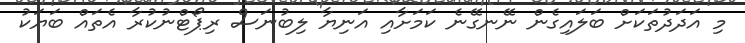
މި އަދަދުތަކަށް ބަލައިގެން ނޭނގޭނެ ކަމަށާއި އަނިޔާ ލިބުނަސް ރިޕޯޓްނުކުރާ އެތައް ބަޔަކު